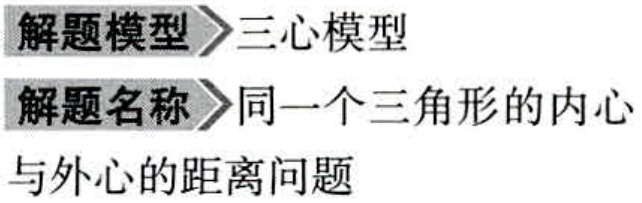
\begin{center}
  解题模型$\to$三心模型\\
  解题名称$\to$同一个三角形的内心\\
  与外心的距离问题
\end{center}